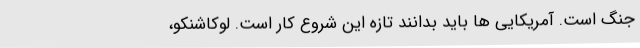
جنگ است. آمریکایی ها باید بدانند تازه این شروع کار است. لوکاشنکو،